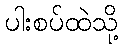
ပါးစပ်ထဲသို့